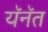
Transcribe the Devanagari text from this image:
यॅनॅत